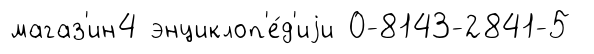
магаз'ин4 энциклоп'е́д'иjи 0-8143-2841-5